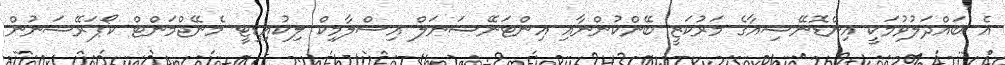
އެ ބައްދަލުވުމަކީ އިންޑޮނޭޝިއާގެ މަރުކަޒީ ބޭންކުންނާއި އިންޓަނޭޝަނަލް އިސްލާމިކް ލިކުއިޑިޓީ މެނޭޖްމަންޓް ކޯޕަރޭޝަނުން